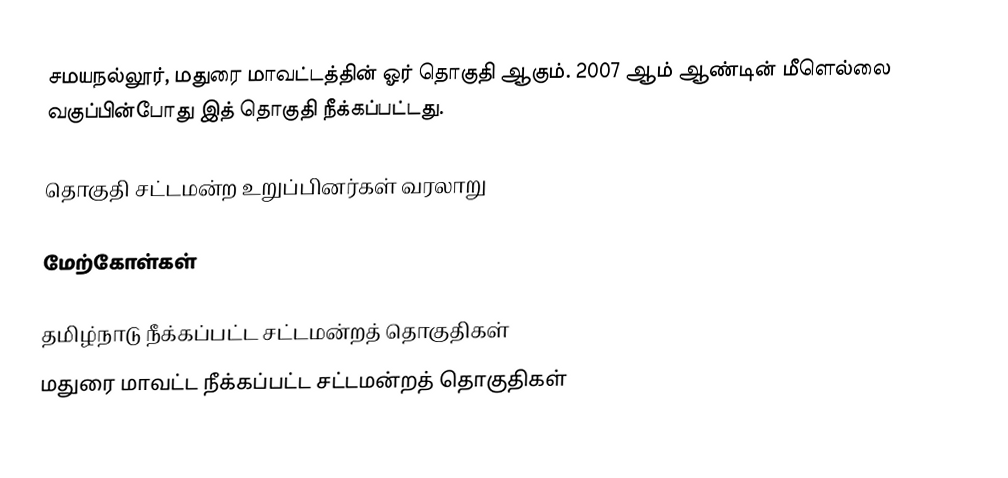
சமயநல்லூர், மதுரை மாவட்டத்தின் ஓர் தொகுதி ஆகும். 2007 ஆம் ஆண்டின் மீளெல்லை வகுப்பின்போது இத் தொகுதி நீக்கப்பட்டது.

தொகுதி சட்டமன்ற உறுப்பினர்கள் வரலாறு

மேற்கோள்கள்

தமிழ்நாடு நீக்கப்பட்ட சட்டமன்றத் தொகுதிகள்
மதுரை மாவட்ட நீக்கப்பட்ட சட்டமன்றத் தொகுதிகள்